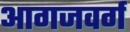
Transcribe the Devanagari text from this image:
आगजवर्ग